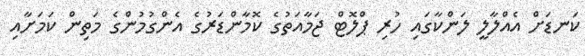
ކަނޑަށް އެއްލާލީ ލަންކާގައި ހުރި ޕްލޮޓް ޖަމާއަތުގެ ކޮމާންޑަރުގެ އެންގުމުންގެ މަތިން ކަމަށާއި